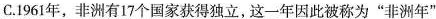
C.1961年，非洲有17个国家获得独立，这一年因此被称为”非洲年”